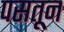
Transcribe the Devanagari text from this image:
पसतून